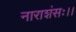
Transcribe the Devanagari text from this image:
नाराशंसः।।